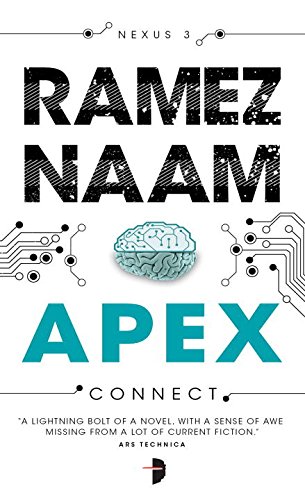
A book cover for Apex: Nexus Trilogy Book 3 (Nexus Arc); Ramez Naam; Mystery, Thriller & Suspense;